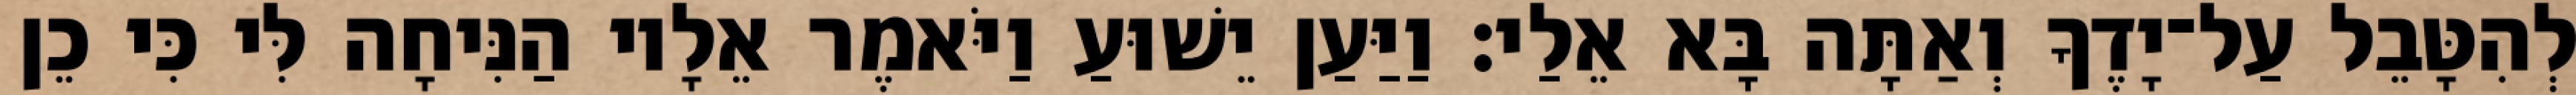
לְהִטָּבֵל עַל־יָדֶךָ וְאַתָּה בָּא אֵלַי׃ וַיַּעַן יֵשׁוּעַ וַיֹּאמֶר אֵלָיו הַנִּיחָה לִּי כִּי כֵן